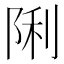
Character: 𮥉